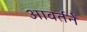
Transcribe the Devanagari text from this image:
आवर्तनें